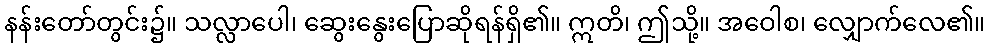
နန်းတော်တွင်း၌။ သလ္လာပေါ၊ ဆွေးနွေးပြောဆိုရန်ရှိ၏။ ဣတိ၊ ဤသို့။ အဝေါစ၊ လျှောက်လေ၏။